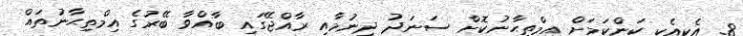
8. އެކިއެކި ކަންކަމަށް އިމްތިޙާނުކޮށް ސަނަދު ދިނުމާއި ރާއްޖޭގައި ބާއްވާ ބޭރުގެ އިމްތިޙާނުތައް